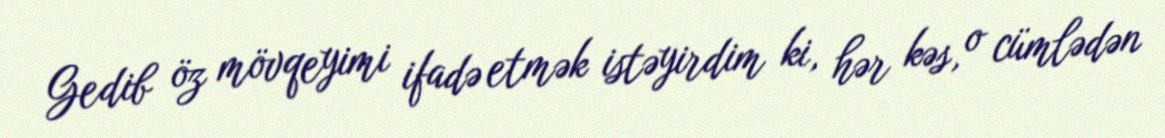
Gedib öz mövqeyimi ifadə etmək istəyirdim ki, hər kəs, o cümlədən